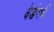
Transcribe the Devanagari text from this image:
वेर्डनची